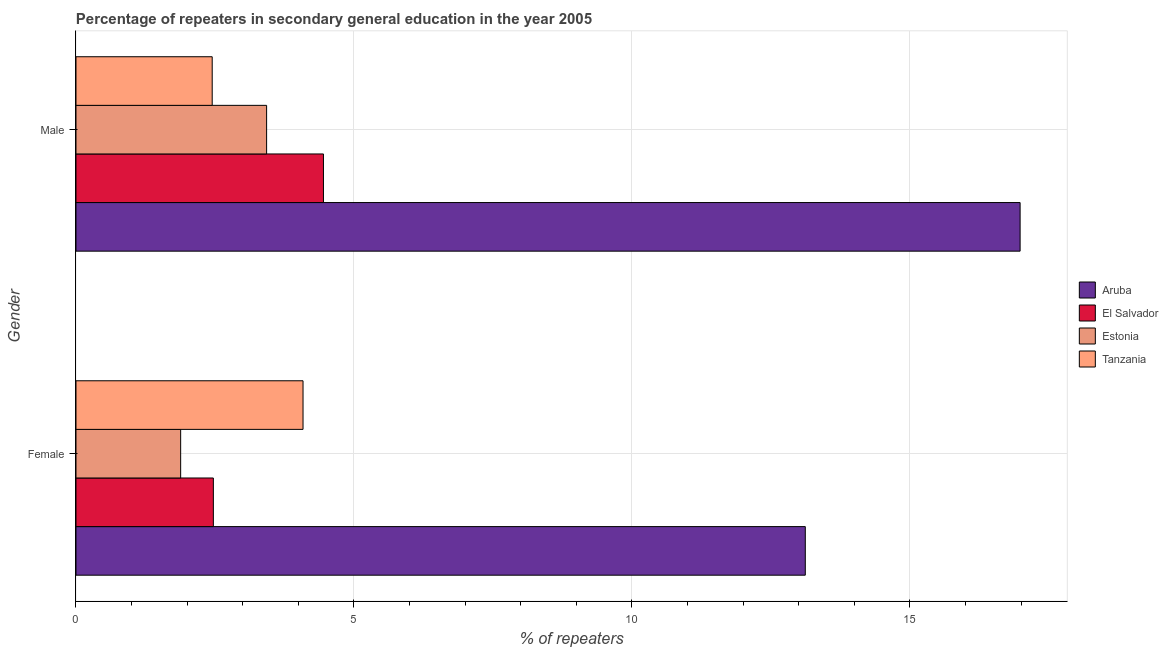
| Gender | Aruba | El Salvador | Estonia | Tanzania |
 | --- | --- | --- | --- | --- |
 | Female | 13.1 | 2.47 | 1.88 | 4.08 |
 | Male | 17 | 4.45 | 3.43 | 2.45 |